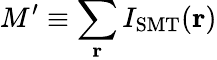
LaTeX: M^{\prime}\equiv\sum_{\textbf{r}}I_{\mathrm{SMT}}(\textbf{r})